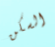
السكن